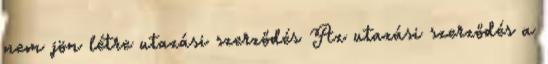
nem jön létre utazási szerződés Az utazási szerződés a